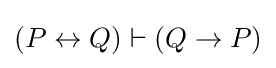
(P\leftrightarrow Q)\vdash (Q\to P)